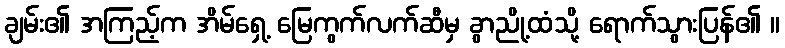
ချမ်း၏ အကြည့်က အိမ်ရှေ့ မြေကွက်လက်ဆီမှ ခွာညို့ထံသို့ ရောက်သွားပြန်၏ ။